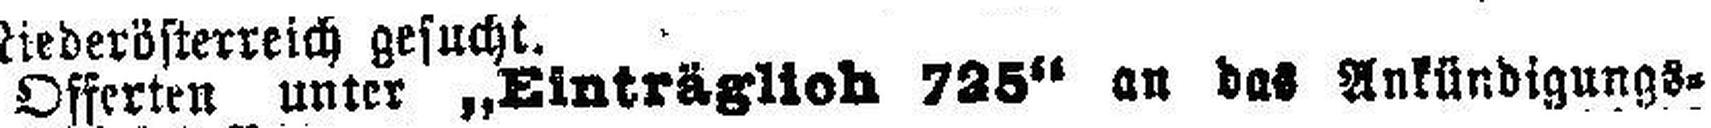
Offerten unter „Einträglich 725“ an das Ankündigungs=